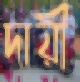
দায়ী